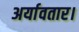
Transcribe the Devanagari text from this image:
अर्यावतार।